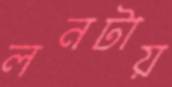
লনটায়